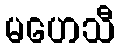
မဟေသီ